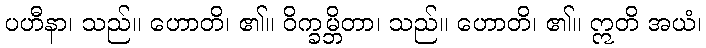
ပဟီနာ၊ သည်။ ဟောတိ၊ ၏။ ဝိက္ခမ္ဘိတာ၊ သည်။ ဟောတိ၊ ၏။ ဣတိ အယံ၊